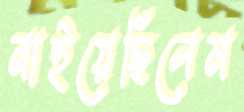
নাইয়েছিলেম